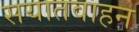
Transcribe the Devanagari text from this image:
सयातवाहन